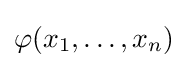
\varphi (x_{1},\ldots ,x_{n})